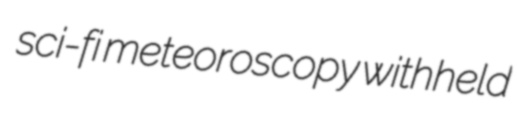
sci-fi meteoroscopy withheld